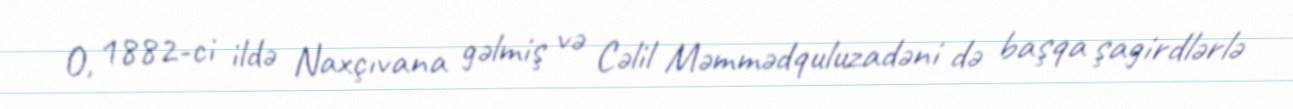
O, 1882-ci ildə Naxçıvana gəlmiş və Cəlil Məmmədquluzadəni də başqa şagirdlərlə